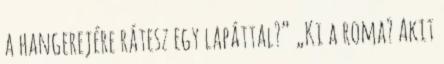
a hangerejére rátesz egy lapáttal?” „Ki a roma? Akit